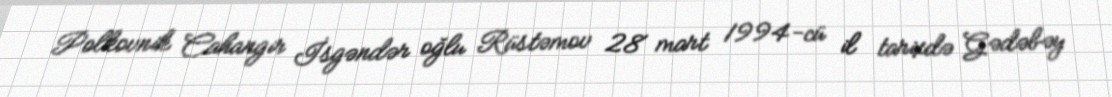
Polkovnik Cahangir İsgəndər oğlu Rüstəmov 28 mart 1994-cü il tarixdə Gədəbəy